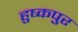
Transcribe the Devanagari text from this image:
हुष्कपुर